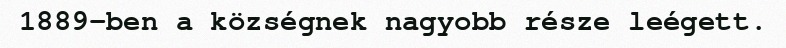
1889-ben a községnek nagyobb része leégett.